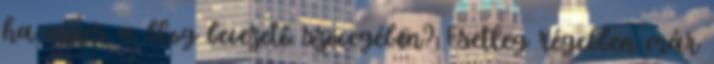
ha nincs a blog bevezető szövegében? Esetleg régebben már